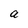
Character: a